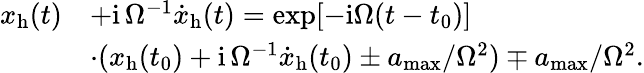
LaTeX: \begin{array}{rl}{x_{\mathrm{h}}(t)}&{+\mathrm{i}\, \Omega^{-1}{\dot{x}}_{\mathrm{h}}(t)=\exp[-\mathrm{i}\Omega(t-t_{0})]}\\ &{\cdot(x_{\mathrm{h}}(t_{0})+\mathrm{i}\, \Omega^{-1}{\dot{x}}_{\mathrm{h}}(t_{0})\pm a_{\mathrm{max}}/\Omega^{2})\mp a_{\mathrm{max}}/\Omega^{2}.}\end{array}